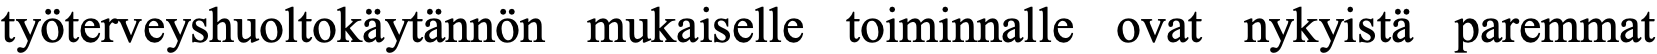
työterveyshuoltokäytännön mukaiselle toiminnalle ovat nykyistä paremmat